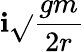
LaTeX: \mathbf{i}\sqrt{}{{\frac{{gm}}{{2r}}}}